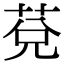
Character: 莌